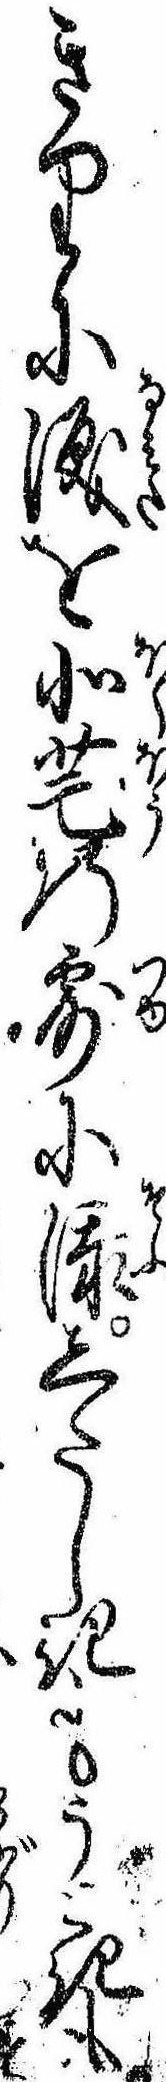
きりに涙を北芒の露に添したしきもうときも